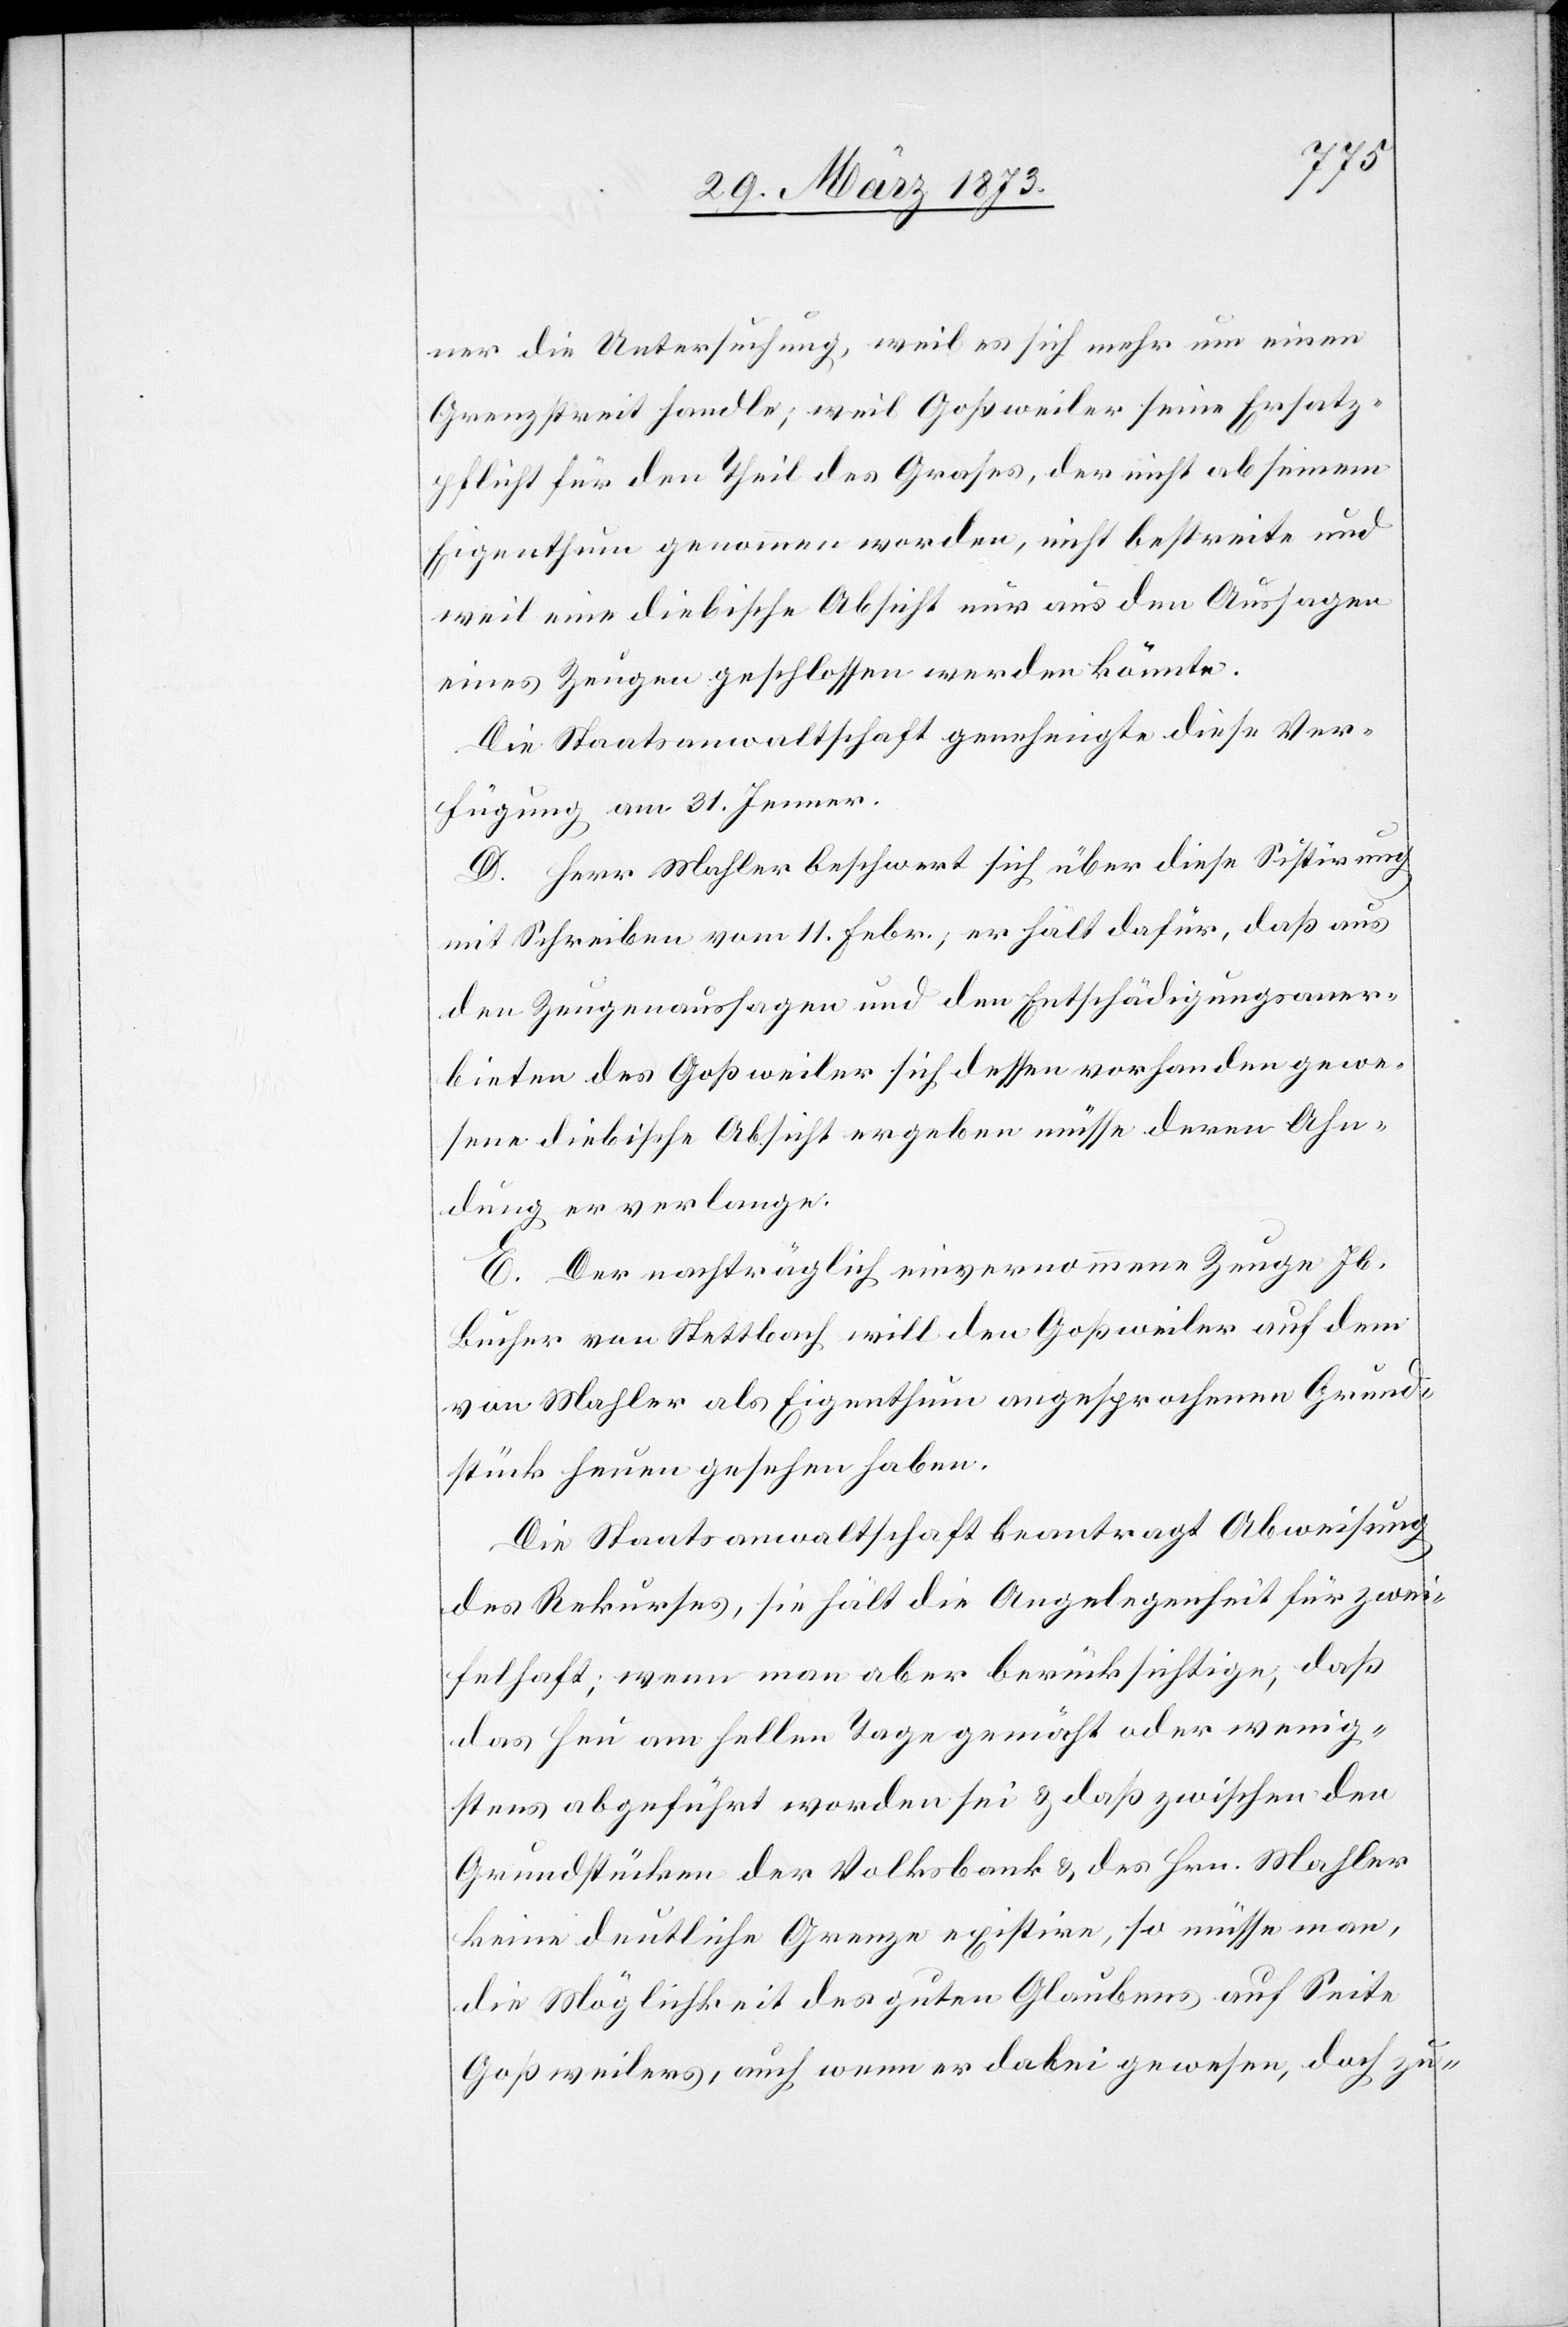
ner die Untersuchung, weil es sich mehr um einen
Grenzstreit handle; weil Goßweiler seine Ersatz¬
pflicht für den Theil des Grases, der nicht ab seinem
Eigenthum genommen worden, nicht bestreite und
weil eine diebische Absicht nur aus den Aussagen
eines Zeugen geschlossen werden könnte.
Die Staatsanwaltschaft genehmigte diese Ver¬
fügung am 31. Jenner.
D. Herr Mahler beschwert sich über diese Sistirung
mit Schreiben vom 11. Febr.; er hält dafür, daß aus
den Zeugenaussagen und den Entschädigungsaner¬
bieten des Goßweiler sich dessen vorhanden gewe¬
sene diebische Absicht ergeben müsse deren Ahn¬
dung er verlange.
E. Der nachträglich einvernommene Zeuge Jb.
Bucher von Stettbach will den Goßweiler auf dem
von Mahler als Eigenthum angesprochenen Grund¬
stück heuen gesehen haben.
Die Staatsanwaltschaft beantragt Abweisung
des Rekurses, sie hält die Angelegenheit für zwei¬
felhaft; wenn man aber berücksichtige, daß
das Heu am hellen Tage gemäht oder wenig¬
stens abgeführt worden sei u. daß zwischen den
Grundstücken der Volksbank u. des Hrn. Mahler
keine deutliche Grenze existire, so müsse man,
die Möglichkeit des guten Glaubens auf Seite
Goßweilers, auch wenn er dabei gewesen, doch zu-